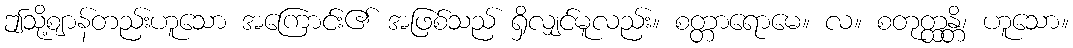
ဤသို့ဈာန်တည်းဟူသော အကြောင်း၏ အဖြစ်သည် ရှိလျှင်မူလည်း။ စတ္တာရောမေ။ လ။ စတုတ္ထန္တိ၊ ဟူသော။